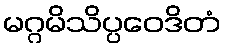
မဂ္ဂမိသိပ္ပဝေဒိတံ